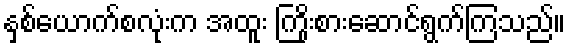
နှစ်ယောက်စလုံးက အထူး ကြိုးစားဆောင်ရွက်ကြသည်။